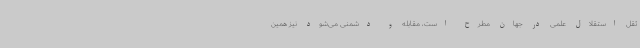
ثقل استقلال علمی در جهان مطرح است، مقابله و دشمنی می‌شود نیز همین